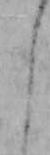
よ